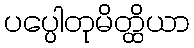
ပပ္ပေါတုမိတ္ထိယာ